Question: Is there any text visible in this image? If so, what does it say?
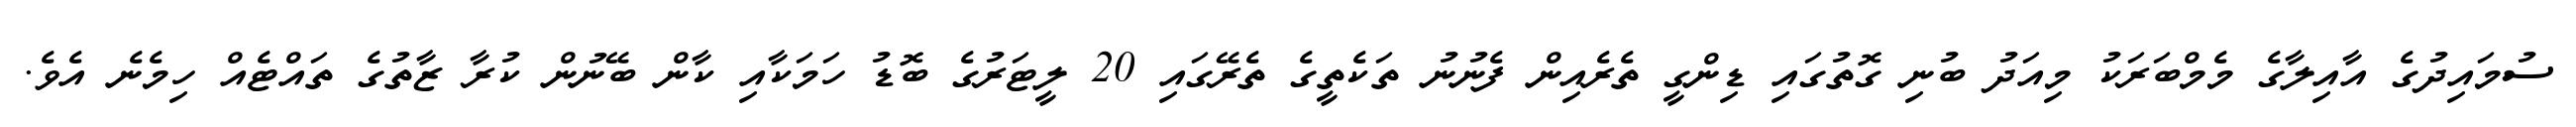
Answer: ސުމައިދުގެ އާއިލާގެ މެމްބަރަކު މިއަދު ބުނި ގޮތުގައި ޑިންގީ ތެރެއިން ފެނުނު ތަކެތީގެ ތެރޭގައި 20 ލީޓަރުގެ ބޮޑު ހަމަކާއި ކާން ބޭނުން ކުރާ ޒާތުގެ ތައްޓެއް ހިމެނެ އެވެ.